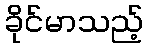
ခိုင်မာသည့်